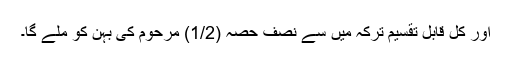
اور کل قابلِ تقسیم ترکہ میں سے نصف حصہ (1/2) مرحوم کی بہن کو ملے گا۔